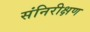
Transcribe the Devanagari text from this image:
संनिरीक्षण